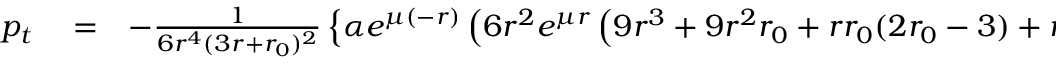
\begin{array} { r l r } { p _ { t } } & { { } = } & { - \frac { 1 } { 6 r ^ { 4 } ( 3 r + { r _ { 0 } } ) ^ { 2 } } \left\lbrace \alpha e ^ { \mu ( - r ) } \left( 6 r ^ { 2 } e ^ { \mu r } \left( 9 r ^ { 3 } + 9 r ^ { 2 } { r _ { 0 } } + r { r _ { 0 } } ( 2 { r _ { 0 } } - 3 ) + { r _ { 0 } } ^ { 2 } \right) \right. \right. } \end{array}